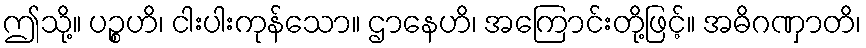
ဤသို့။ ပဉ္စဟိ၊ ငါးပါးကုန်သော။ ဌာနေဟိ၊ အကြောင်းတို့ဖြင့်။ အဓိဂဏှာတိ၊